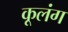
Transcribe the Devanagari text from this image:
कूलंग